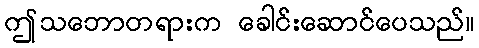
ဤသဘောတရားက ခေါင်းဆောင်ပေသည်။